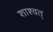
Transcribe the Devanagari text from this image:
शाश्वत्‌